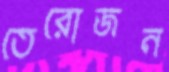
তেরোজন